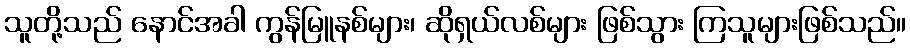
သူတို့သည် နောင်အခါ ကွန်မြူနစ်များ၊ ဆိုရှယ်လစ်များ ဖြစ်သွား ကြသူများဖြစ်သည်။